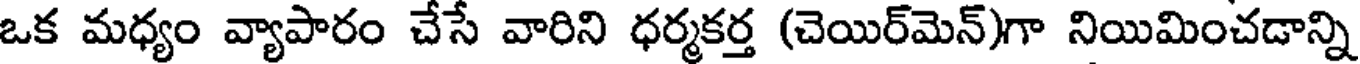
ఒక మధ్యం వ్యాపారం చేసే వారిని ధర్మకర్త (చెయిర్మెన్)గా నియిమించడాన్ని